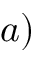
a )